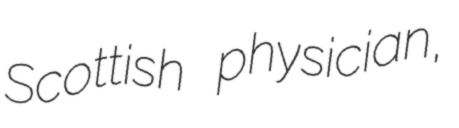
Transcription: Scottish physician,